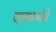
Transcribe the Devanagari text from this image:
दानधर्माचे